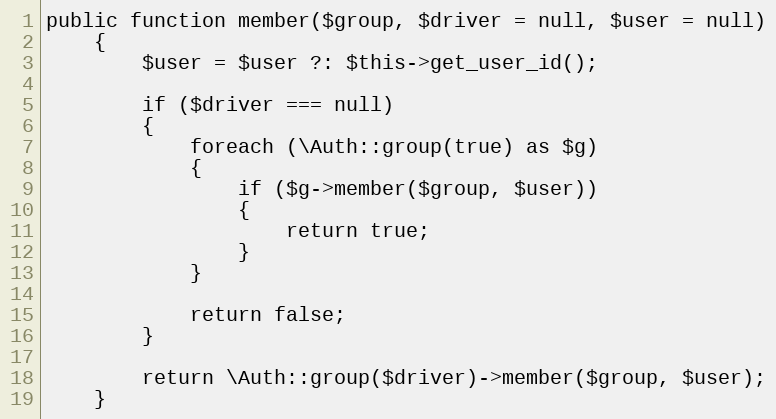
Language: PHP
public function member($group, $driver = null, $user = null)
	{
		$user = $user ?: $this->get_user_id();

		if ($driver === null)
		{
			foreach (\Auth::group(true) as $g)
			{
				if ($g->member($group, $user))
				{
					return true;
				}
			}

			return false;
		}

		return \Auth::group($driver)->member($group, $user);
	}